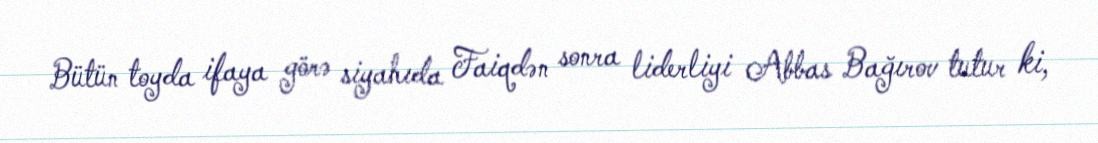
Bütün toyda ifaya görə siyahıda Faiqdən sonra liderliyi Abbas Bağırov tutur ki,